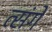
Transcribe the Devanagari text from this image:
त्संगे